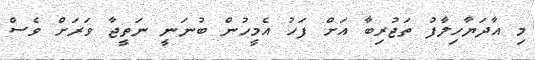
މި އާދަޔާހިލާފު ތަޖުރިބާ އަށް ފަހު އެމީހުން ބުނަނީ ނަތީޖާ ވަރަށް ވެސް